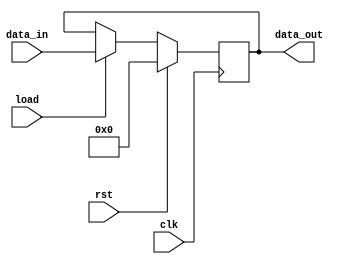
module Register #(
    parameter WIDTH =8 
) (
    input wire [WIDTH-1:0]data_in,
    input wire load,
    input wire clk,
    input wire rst,
    output reg [WIDTH-1:0]data_out
);

always @(posedge clk) begin
    if (rst) begin
        data_out<=0;
    end
    else if (load) begin
        data_out<=data_in;
    end
end

endmodule